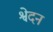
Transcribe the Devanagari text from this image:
श्वेदन